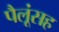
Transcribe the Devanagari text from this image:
पैलूंसह